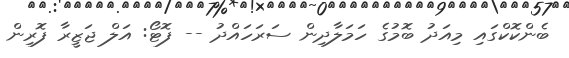
ބެންކޮކްގައި މިއަދު ބޮމުގެ ހަމަލާދިން ސަރަހައްދު -- ފޮޓޯ: އަލް ޖަޒީރާ ފޮރިން